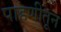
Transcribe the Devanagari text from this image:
पाहणीतून